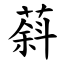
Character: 䔑